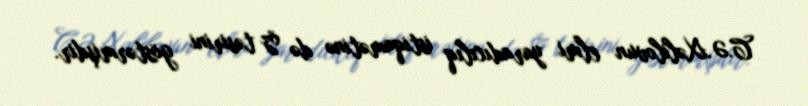
C.Ə.Xəlilovun elmi yaradıcılıq istiqamətinə də öz təsirini göstərmişdir.